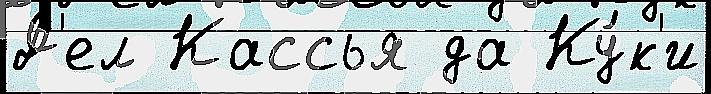
Д'ел Кассья да Ку́к'и